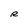
Character: R